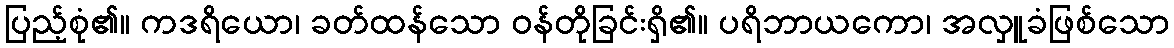
ပြည့်စုံ၏။ ကဒရိယော၊ ခတ်ထန်သော ဝန်တိုခြင်းရှိ၏။ ပရိဘာယကော၊ အလှူခံဖြစ်သော